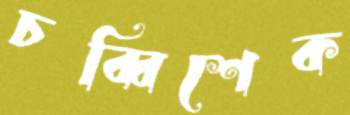
চব্বিশেক